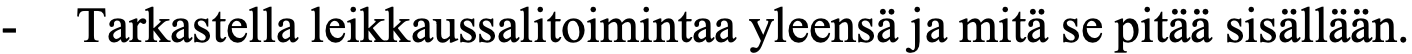
-  Tarkastella leikkaussalitoimintaa yleensä ja mitä se pitää sisällään.